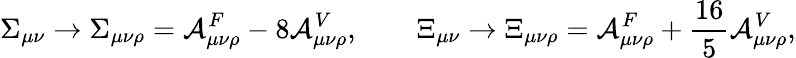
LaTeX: \Sigma_{\mu\nu}\rightarrow\Sigma_{\mu\nu\rho}={\cal A}_{\mu\nu\rho}^{F}-8{\cal A}_{\mu\nu\rho}^{V},\qquad\Xi_{\mu\nu}\rightarrow\Xi_{\mu\nu\rho}={\cal A}_{\mu\nu\rho}^{F}+{\frac{16}{5}}{\cal A}_{\mu\nu\rho}^{V},